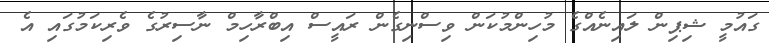
ގައުމީ ޝިޕިން ލައިނެއްގެ މުހިންމުކަން ވިސްނިގެން ރައީސް އިބްރާހިމް ނާސިރުގެ ވެރިކަމުގައި އެ